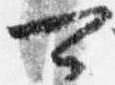
可